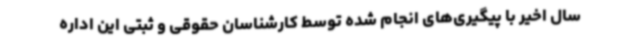
سال اخیر با پیگیری‌های انجام شده توسط کارشناسان حقوقی و ثبتی این اداره